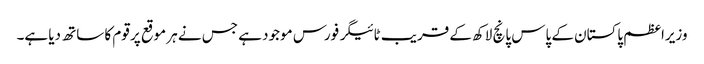
وزیراعظم پاکستان کے پاس پانچ لاکھ کے قریب ٹائیگر فورس موجود ہے جس نے ہر موقع پر قوم کا ساتھ دیا ہے۔